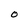
Character: O